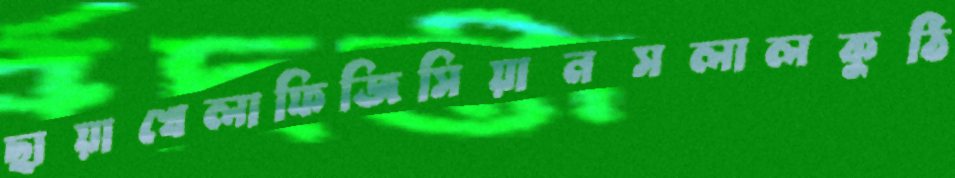
ছায়াখেলাফিজিসিয়ানসলালকুঠি